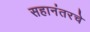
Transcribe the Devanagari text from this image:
सहानंतरचे